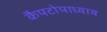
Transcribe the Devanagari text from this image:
कैपटोपाध्याय